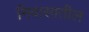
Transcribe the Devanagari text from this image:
निवासातील